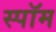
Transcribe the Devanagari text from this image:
स्पॉम